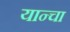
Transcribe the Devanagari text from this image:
यान्चा